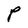
Character: P